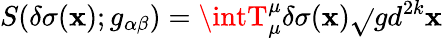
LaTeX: S(\delta\sigma(\mathbf{x});g_{\alpha\beta})=\intT_{\mu}^{\mu}\delta\sigma(\mathbf{x})\sqrt{}{{g}}d^{2k}\mathbf{x}